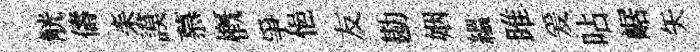
觥儔耒謨慕槪爭悒友勘姻緼雎爰呫崌矢